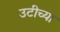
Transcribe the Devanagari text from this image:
उटीच्या